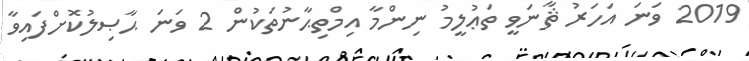
2019 ވަނަ އަހަރު ޘާނަވީ ތަޢުލީމު ނިންމާ އިމްތިޙާނުތަކުން 2 ވަނަ ޙާޞިލުކޮށްފައިވާ